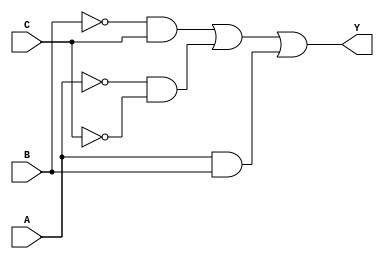
module hybrid_minimization(
    input wire A,
    input wire B,
    input wire C,
    output wire Y
);

// Intermediate signals for minimized logic
wire B_inv;   // NOT B
wire A_inv;   // NOT A
wire C_inv;   // NOT C
wire term1;   // B'C
wire term2;   // A'C'
wire term3;   // AB

// Inversion logic
not (B_inv, B);
not (A_inv, A);
not (C_inv, C);

// Generate each product term
and (term1, B_inv, C);    // term1 = B'C
and (term2, A_inv, C_inv); // term2 = A'C'
and (term3, A, B);        // term3 = AB

// Final output using OR gates
or (Y, term1, term2, term3); // Y = B'C + A'C' + AB

endmodule